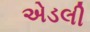
એડલી